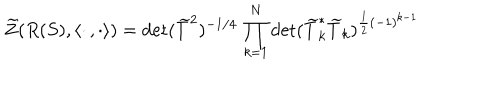
LaTeX: \widetilde { Z } ( R ( S ) , \langle \cdot \, , \cdot \rangle ) = \det ( \widetilde { T } ^ { 2 } ) ^ { - 1 / 4 } \, \prod _ { k = 1 } ^ { N } \det ( \widetilde { T } _ { k } ^ { * } \widetilde { T } _ { k } ) ^ { \frac { 1 } { 2 } ( - 1 ) ^ { k - 1 } }